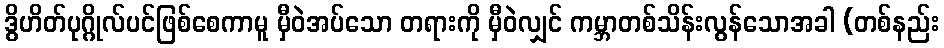
ဒွိဟိတ်ပုဂ္ဂိုလ်ပင်ဖြစ်စေကာမူ မှီဝဲအပ်သော တရားကို မှီဝဲလျှင် ကမ္ဘာတစ်သိန်းလွန်သောအခါ (တစ်နည်း